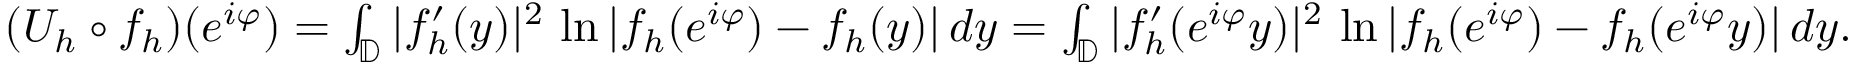
\begin{array} { r } { ( U _ { h } \circ f _ { h } ) ( e ^ { i \varphi } ) = \int _ { \mathbb { D } } | f _ { h } ^ { \prime } ( y ) | ^ { 2 } \, \ln | f _ { h } ( e ^ { i \varphi } ) - f _ { h } ( y ) | \, d y = \int _ { \mathbb { D } } | f _ { h } ^ { \prime } ( e ^ { i \varphi } y ) | ^ { 2 } \, \ln | f _ { h } ( e ^ { i \varphi } ) - f _ { h } ( e ^ { i \varphi } y ) | \, d y . } \end{array}